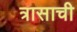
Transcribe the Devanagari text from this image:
त्रासाची